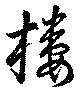
樓